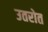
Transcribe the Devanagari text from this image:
उतरोत